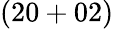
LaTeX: (20+02)